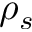
\rho _ { s }